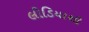
લીડિયાથી